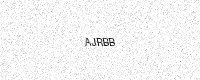
Text: AJRBB